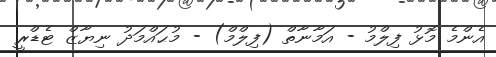
އެންމެ މޮޅު ފިލްމު - އަމާނާތް (ފިލްމް) - މުޙައްމަދު ނިޔާޒް ޓެޑްރީ